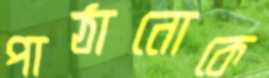
পাঠানোকে